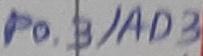
Text: P0.3/AD3